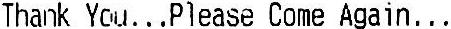
THANK YOU...PLEASE COME AGAIN...